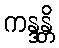
ကန္ဒန္တိ